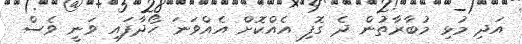
އަދި މުޅި މުބާރާތުން ދެ ގޮފި އެއްކޮށް އެއްވަނަ ހޯދާފައި ވަނީ ވެސް